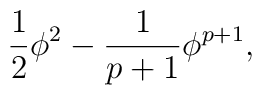
\frac{1}{2}\phi^2-\frac{1}{p+1}\phi^{p+1},